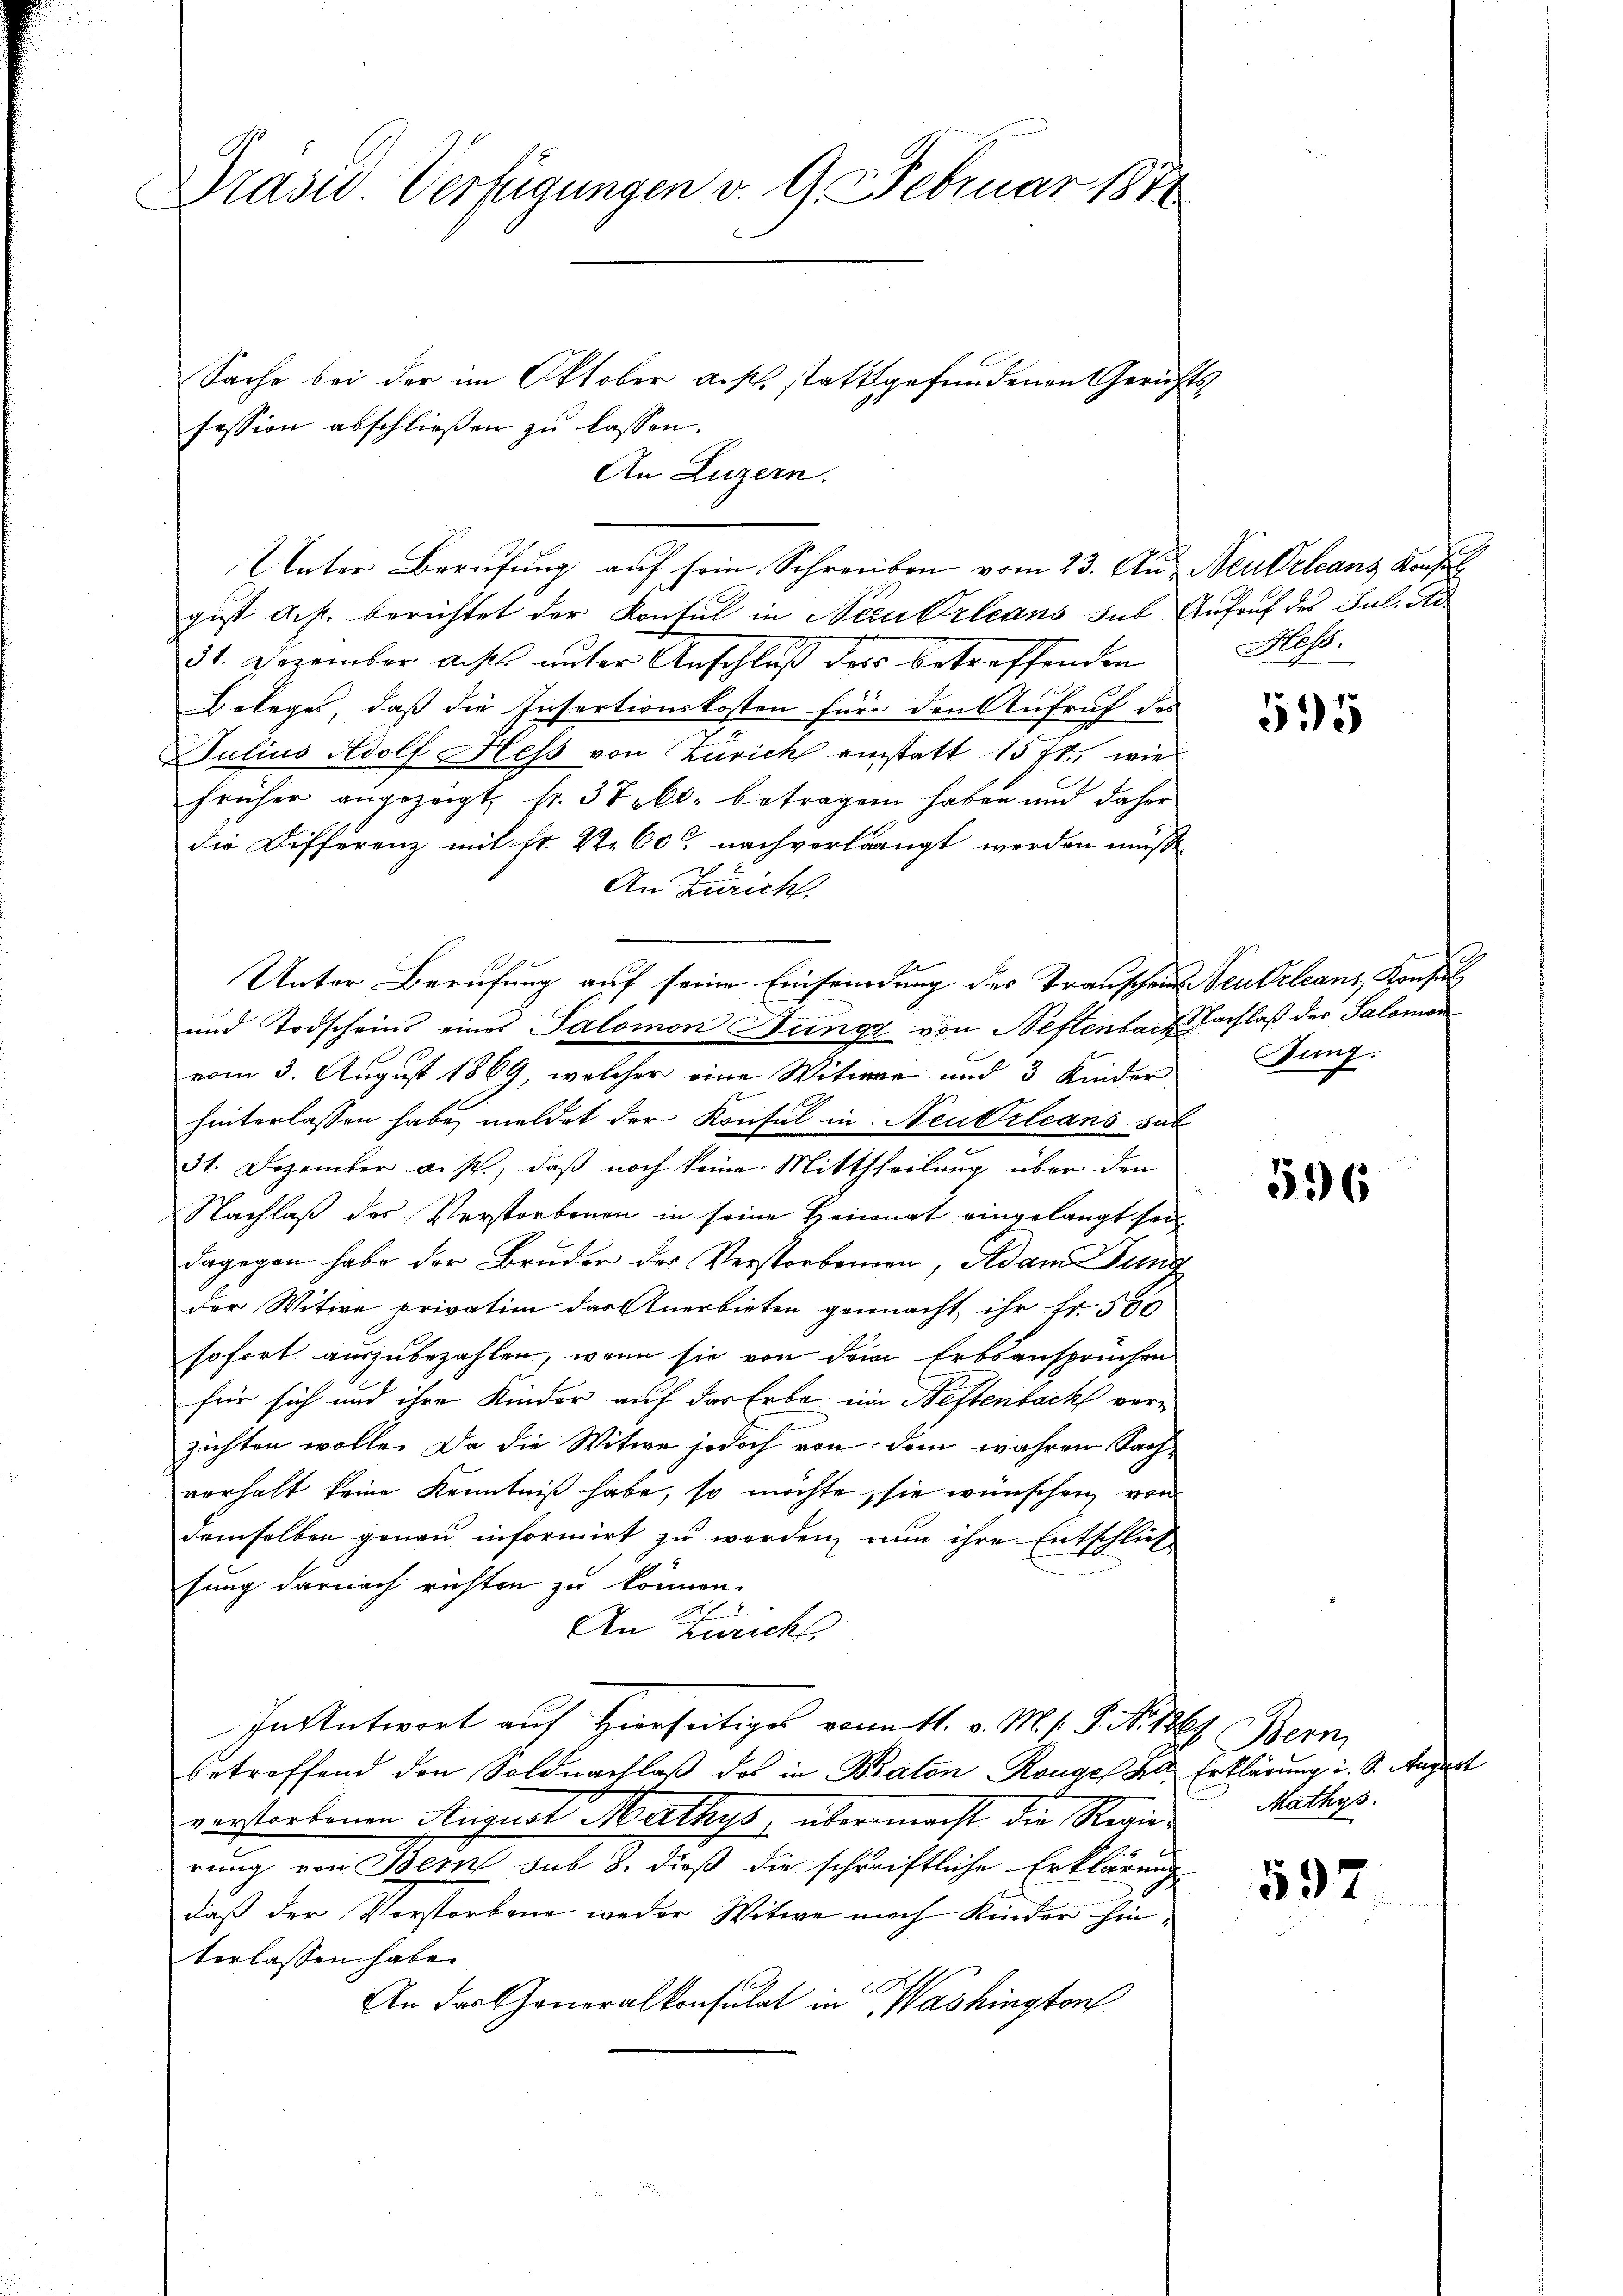
Präsid Verfügungen v. 9. Februar 1874

gust ds. berichtet der Kontul in Neu Orleans sub
31. Dezember aufs unter Anschluß der betreffenden
Beleges, daß die Insertionskosten für den Aufruf der
Julius Adolf Heß von Zürich einstatt 15 ff., wie
früher angezeigt, fr. 38kr. betragen haben und daher
die Differenz mit Fr. 22. 60 nachverlangt werden muß
2
An Zürich,
und Todscheins eines Salomon Jungg von Neftenbac
vom 3. August 1869, welcher eine Witwe und 3 Kinder
hinterlassen habe, meldet der Konsul in Neutrleans so
31. Dezember a. p., daß noch keine Mittheilung über den
Nachlaß des Verstorbenen in seine Heimat eingelangt sei
dagegen habe der Bruder des Verstorbenden, Adam Dien
der Witwe privatim das Anerbieten gemacht, ihr Fr. 500
sofort auszubezahlen, wenn sie von dem Erbsansprüchen
für sich und ihre Kinder auf das Erbe im Neftenbach verzichten wolle. Da die Witwe jedoch von dem wahren Sach
vorhalt keine Kenntniß habe, so möchte, sie wünschen vor
demselben genau informirt zu werden, nun ihre Entschliß-
sung darnach richten zu können.
An Züricht,
In Antwort auf Hierseitiges vom 11. v. M. s. S. No 126.
betreffend den Soldnachlaß das in Braton Ronges Bevorstorbenen August Mathys, übermacht die Regierung von Bern sub 8. dieß die schriftliche Erklärung
daß der Vorstorbene weder Witwe noch Kinder hinterlassen habe.
6
An das Generalkonsulat in Washington.

fession abschließen zu lassen.

Unter Berufung auf seine Einsendung des Trauschen

Sache bei der im Oktober aus. stattgefundenen Gerichts
An Luzern.
Unter Berufung auf sein Schreiben vom 23. Aus Neubeltanz Konsul

Aufruf des Jul. de
Hess.

Neubeltanz Konsul
Nachlaß der Salomon
Jung:

595

5596

2
Stern
2 Erklärung i. S. Aug.
Mathys.

597

dot